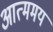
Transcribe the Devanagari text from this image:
आत्ममय